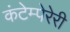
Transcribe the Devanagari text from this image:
कंटेम्पेरेरी